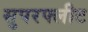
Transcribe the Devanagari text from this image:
सुपरफ्लीट